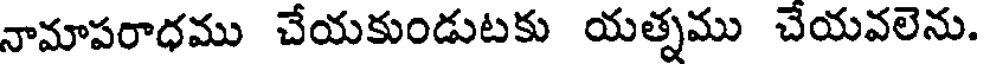
నామాపరాధము చేయకుండుటకు యత్నము చేయవలెను.